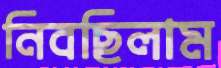
নিবছিলাম